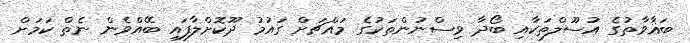
ބަޣާވާތުގެ އުސޫލްތަކާއި ބޯދާ ވިސްނުންތަކުގެ މައްޗަށް ގައުމު ދޫކޮށްލާފައި ބޭއްވެން ނެތް ކަމަށް